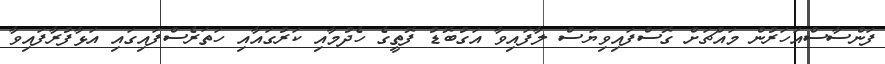
ފަންސާސްއަހަރުން މައްޗަށް ގޮސްފައިވިޔަސް ލާފައިވާ އަގުބޮޑު ފޮތީގެ ހެދުމާއި ކަރުގައާއި ހަތަރެސްފައިގައި އަޅާފުރާފައިވާ